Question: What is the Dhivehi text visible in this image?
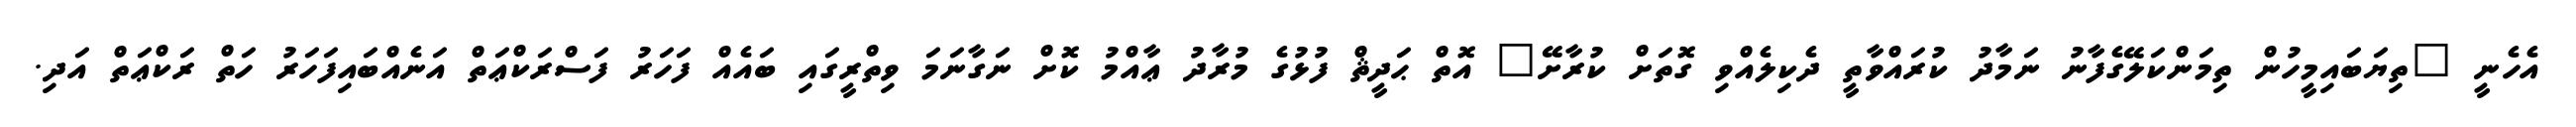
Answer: އެހެނީ "ތިޔަބައިމީހުން ތިމަންކަލޭގެފާނު ނަމާދު ކުރައްވާތީ ދެކިލެއްވި ގޮތަށް ކުރާށޭ" އޮތް ޙަދީޘް ފުޅުގެ މުރާދު ޢާއްމު ކޮށް ނަގާނަމަ ވިތްރީގައި ބައެއް ފަހަރު ފަސްރަކްޢަތް އަނެއްބައިފަހަރު ހަތް ރަކްޢަތް އަދި.